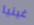
غينيا